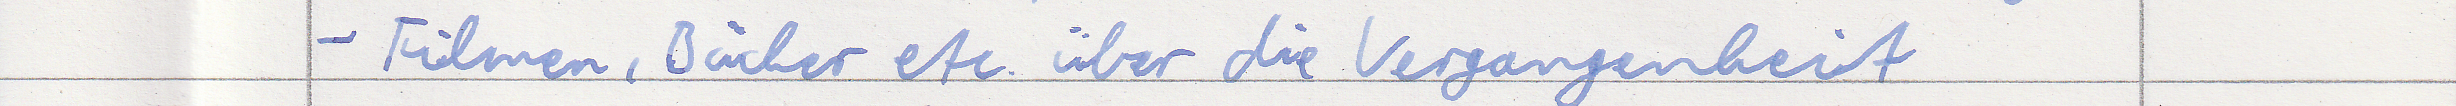
- Filmen, Bücher etc. über die Vergangenheit